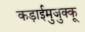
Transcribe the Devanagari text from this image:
कड़ाईमुजुक्कू